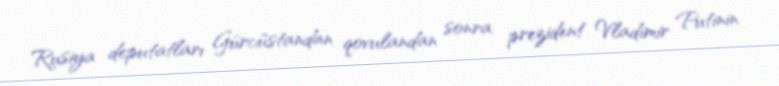
Rusiya deputatları Gürcüstandan qovulandan sonra prezident Vladimir Putinin